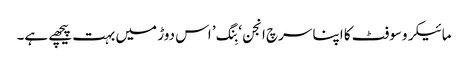
مائیکروسوفٹ کا اپنا سرچ انجن ‘بِنگ’ اس دوڑ میں بہت پیچھے ہے۔